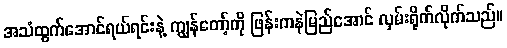
အသံထွက်အောင်ရယ်ရင်းနဲ့ ကျွန်တော့်ကို ဖြန်းကနဲမြည်အောင် လှမ်းရိုက်လိုက်သည်။